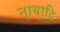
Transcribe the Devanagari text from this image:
नायादि